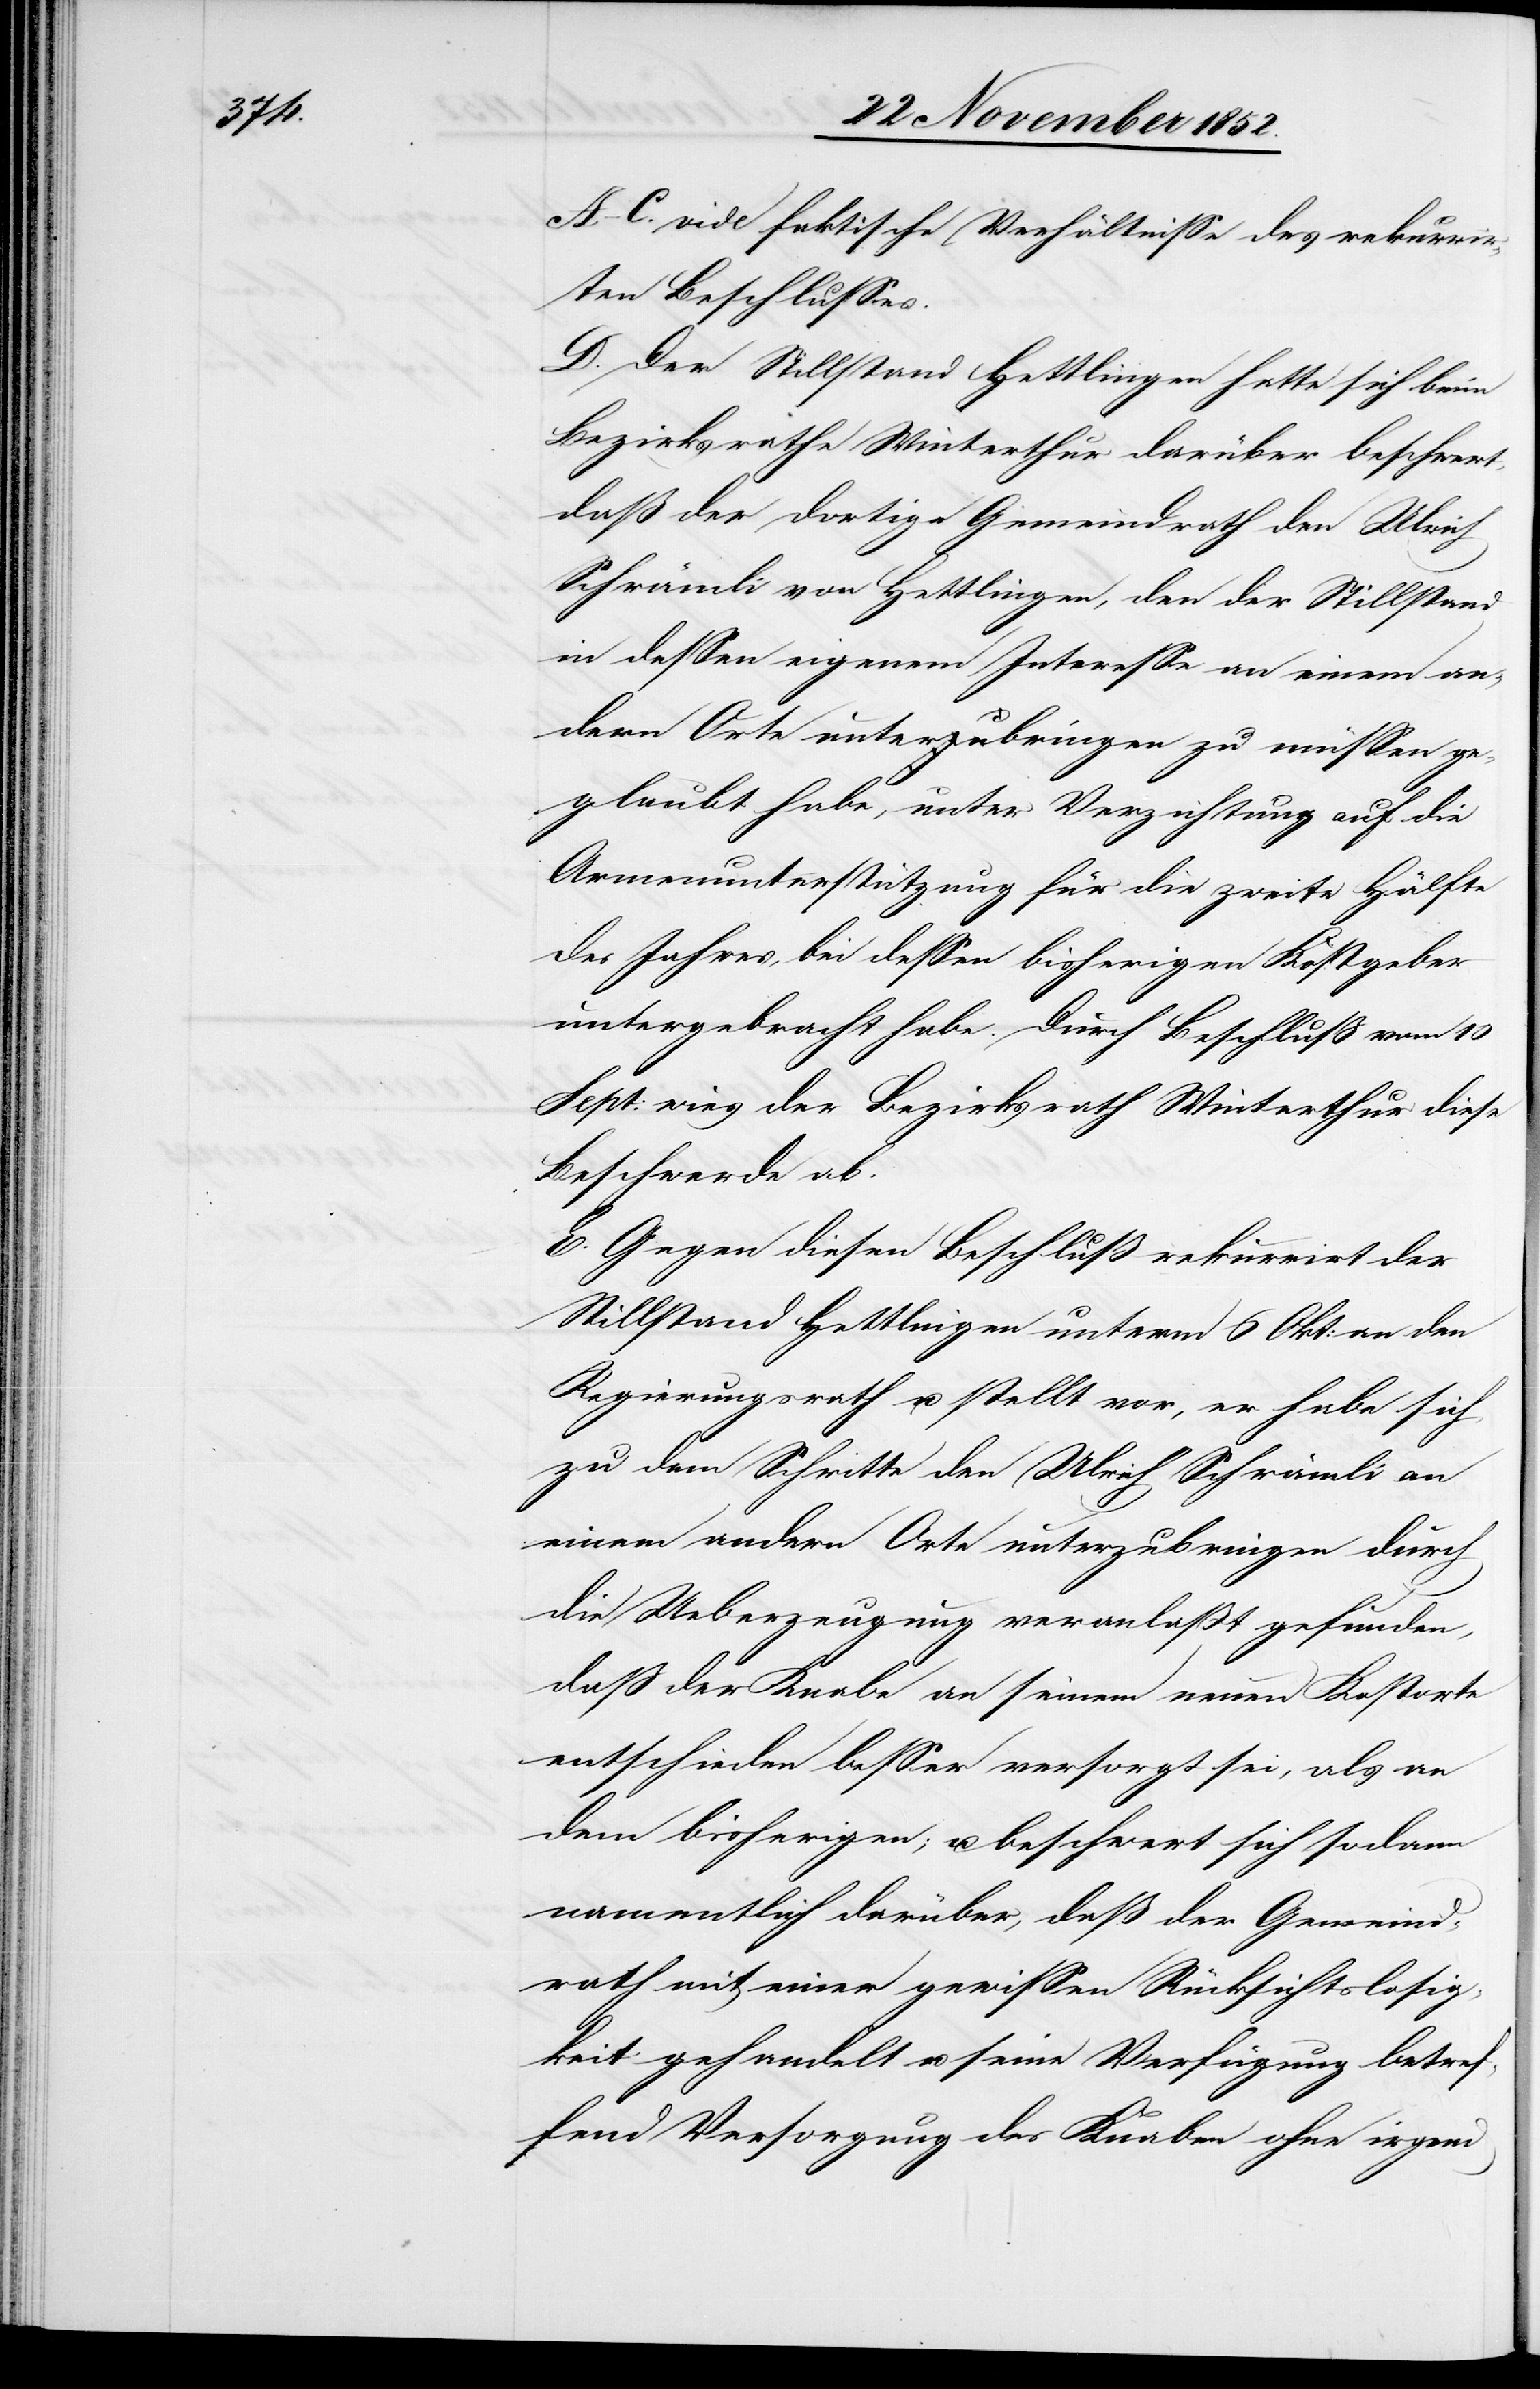
A–C. vide faktische Verhältnisse des rekurrir¬
ten Beschlusses.
D. Der Stillstand Hettlingen hatte sich beim
Bezirksrathe Winterthur darüber beschwert,
daß der dortige Gemeindrath den Ulrich
Schrämli von Hettlingen, den der Stillstand
in dessen eigenem Interesse an einem an¬
dern Orte unterbringen zu müssen ge¬
glaubt habe, unter Verzichtung auf die
Armenunterstützung für die zweite Hälfte
des Jahres, bei dessen bisherigen Kostgeber
untergebracht habe. Durch Beschluß vom 10
Sept: wies der Bezirksrath Winterthur diese
Beschwerde ab.
E. Gegen diesen Beschluß rekurrirt der
Stillstand Hettlingen unterm 6 Okt: an den
Regierungsrath u. stellt vor, er habe sich
zu dem Schritte den Ulrich Schrämli an
einem andern Orte unterzubringen durch
die Ueberzeugung veranlaßt gefunden,
daß der Knabe an seinem neuen Kostorte
entschieden besser versorgt sei, als an
dem bisherigen; u. beschwert sich sodann
namentlich darüber, daß der Gemeind¬
rath mit einer gewissen Rücksichtslosig¬
keit gehandelt u. seine Verfügung betref¬
fend Versorgung des Knaben ohne irgend